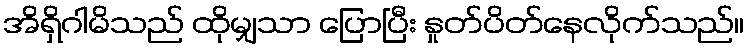
အိရှိဂါမိသည် ထိုမျှသာ ပြောပြီး နှုတ်ပိတ်နေလိုက်သည်။